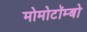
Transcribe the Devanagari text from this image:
मोमोटॉम्बो